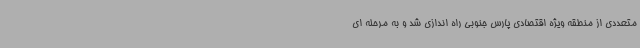
متعددی از منطقه ویژه اقتصادی پارس جنوبی راه اندازی شد و به مرحله ای